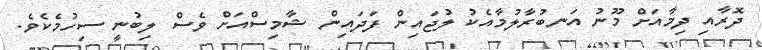
ދޮރާއި ދިމާއަށް މޫނު އަނބުރާލުމާއެކު ލުޖައިން ފަދައިން ޝާމިސްއަށް ވެސް ލިބުނީ ސިހުމެކެވެ.